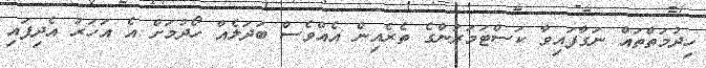
ހިދުމަތްތައް ނަގާފައިވާ ކަސްޓަމަރުންގެ ތެރެއިން އެއްވެސް ބަދަލެއް ހޯދުމަށް އެ އަހަރު އެދިފައި